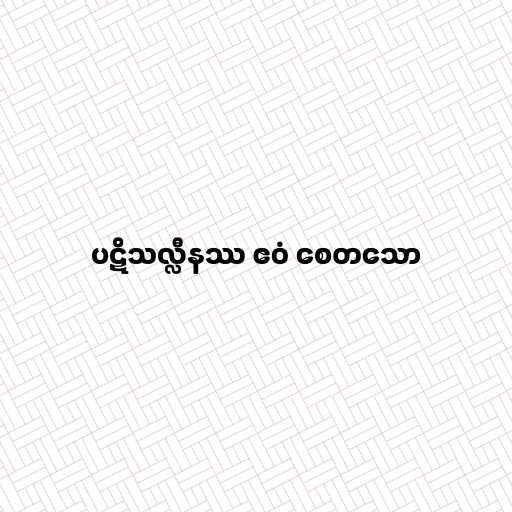
ပဋိသလ္လီနဿ ဧဝံ စေတသော